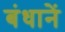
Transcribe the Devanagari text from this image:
बंधानें